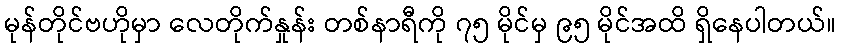
မုန်တိုင်ဗဟိုမှာ လေတိုက်နှုန်း တစ်နာရီကို ၇၅ မိုင်မှ ၉၅ မိုင်အထိ ရှိနေပါတယ်။